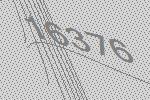
16376